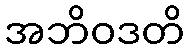
အဘိဝဒတိ